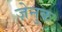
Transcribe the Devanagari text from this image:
ज़ेनुक